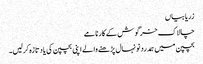
زریابیاں
چالاک خرگوش کے کارنامے
بچپن میں ہمدرد نونہال پڑھنے والے اپنی بچپن کی یاد تازہ کرلیں۔